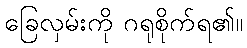
ခြေလှမ်းကို ဂရုစိုက်ရ၏။